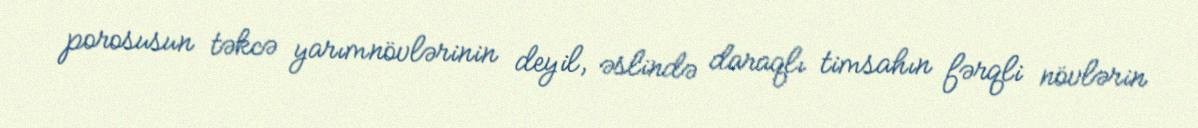
porosusun təkcə yarımnövlərinin deyil, əslində daraqlı timsahın fərqli növlərin